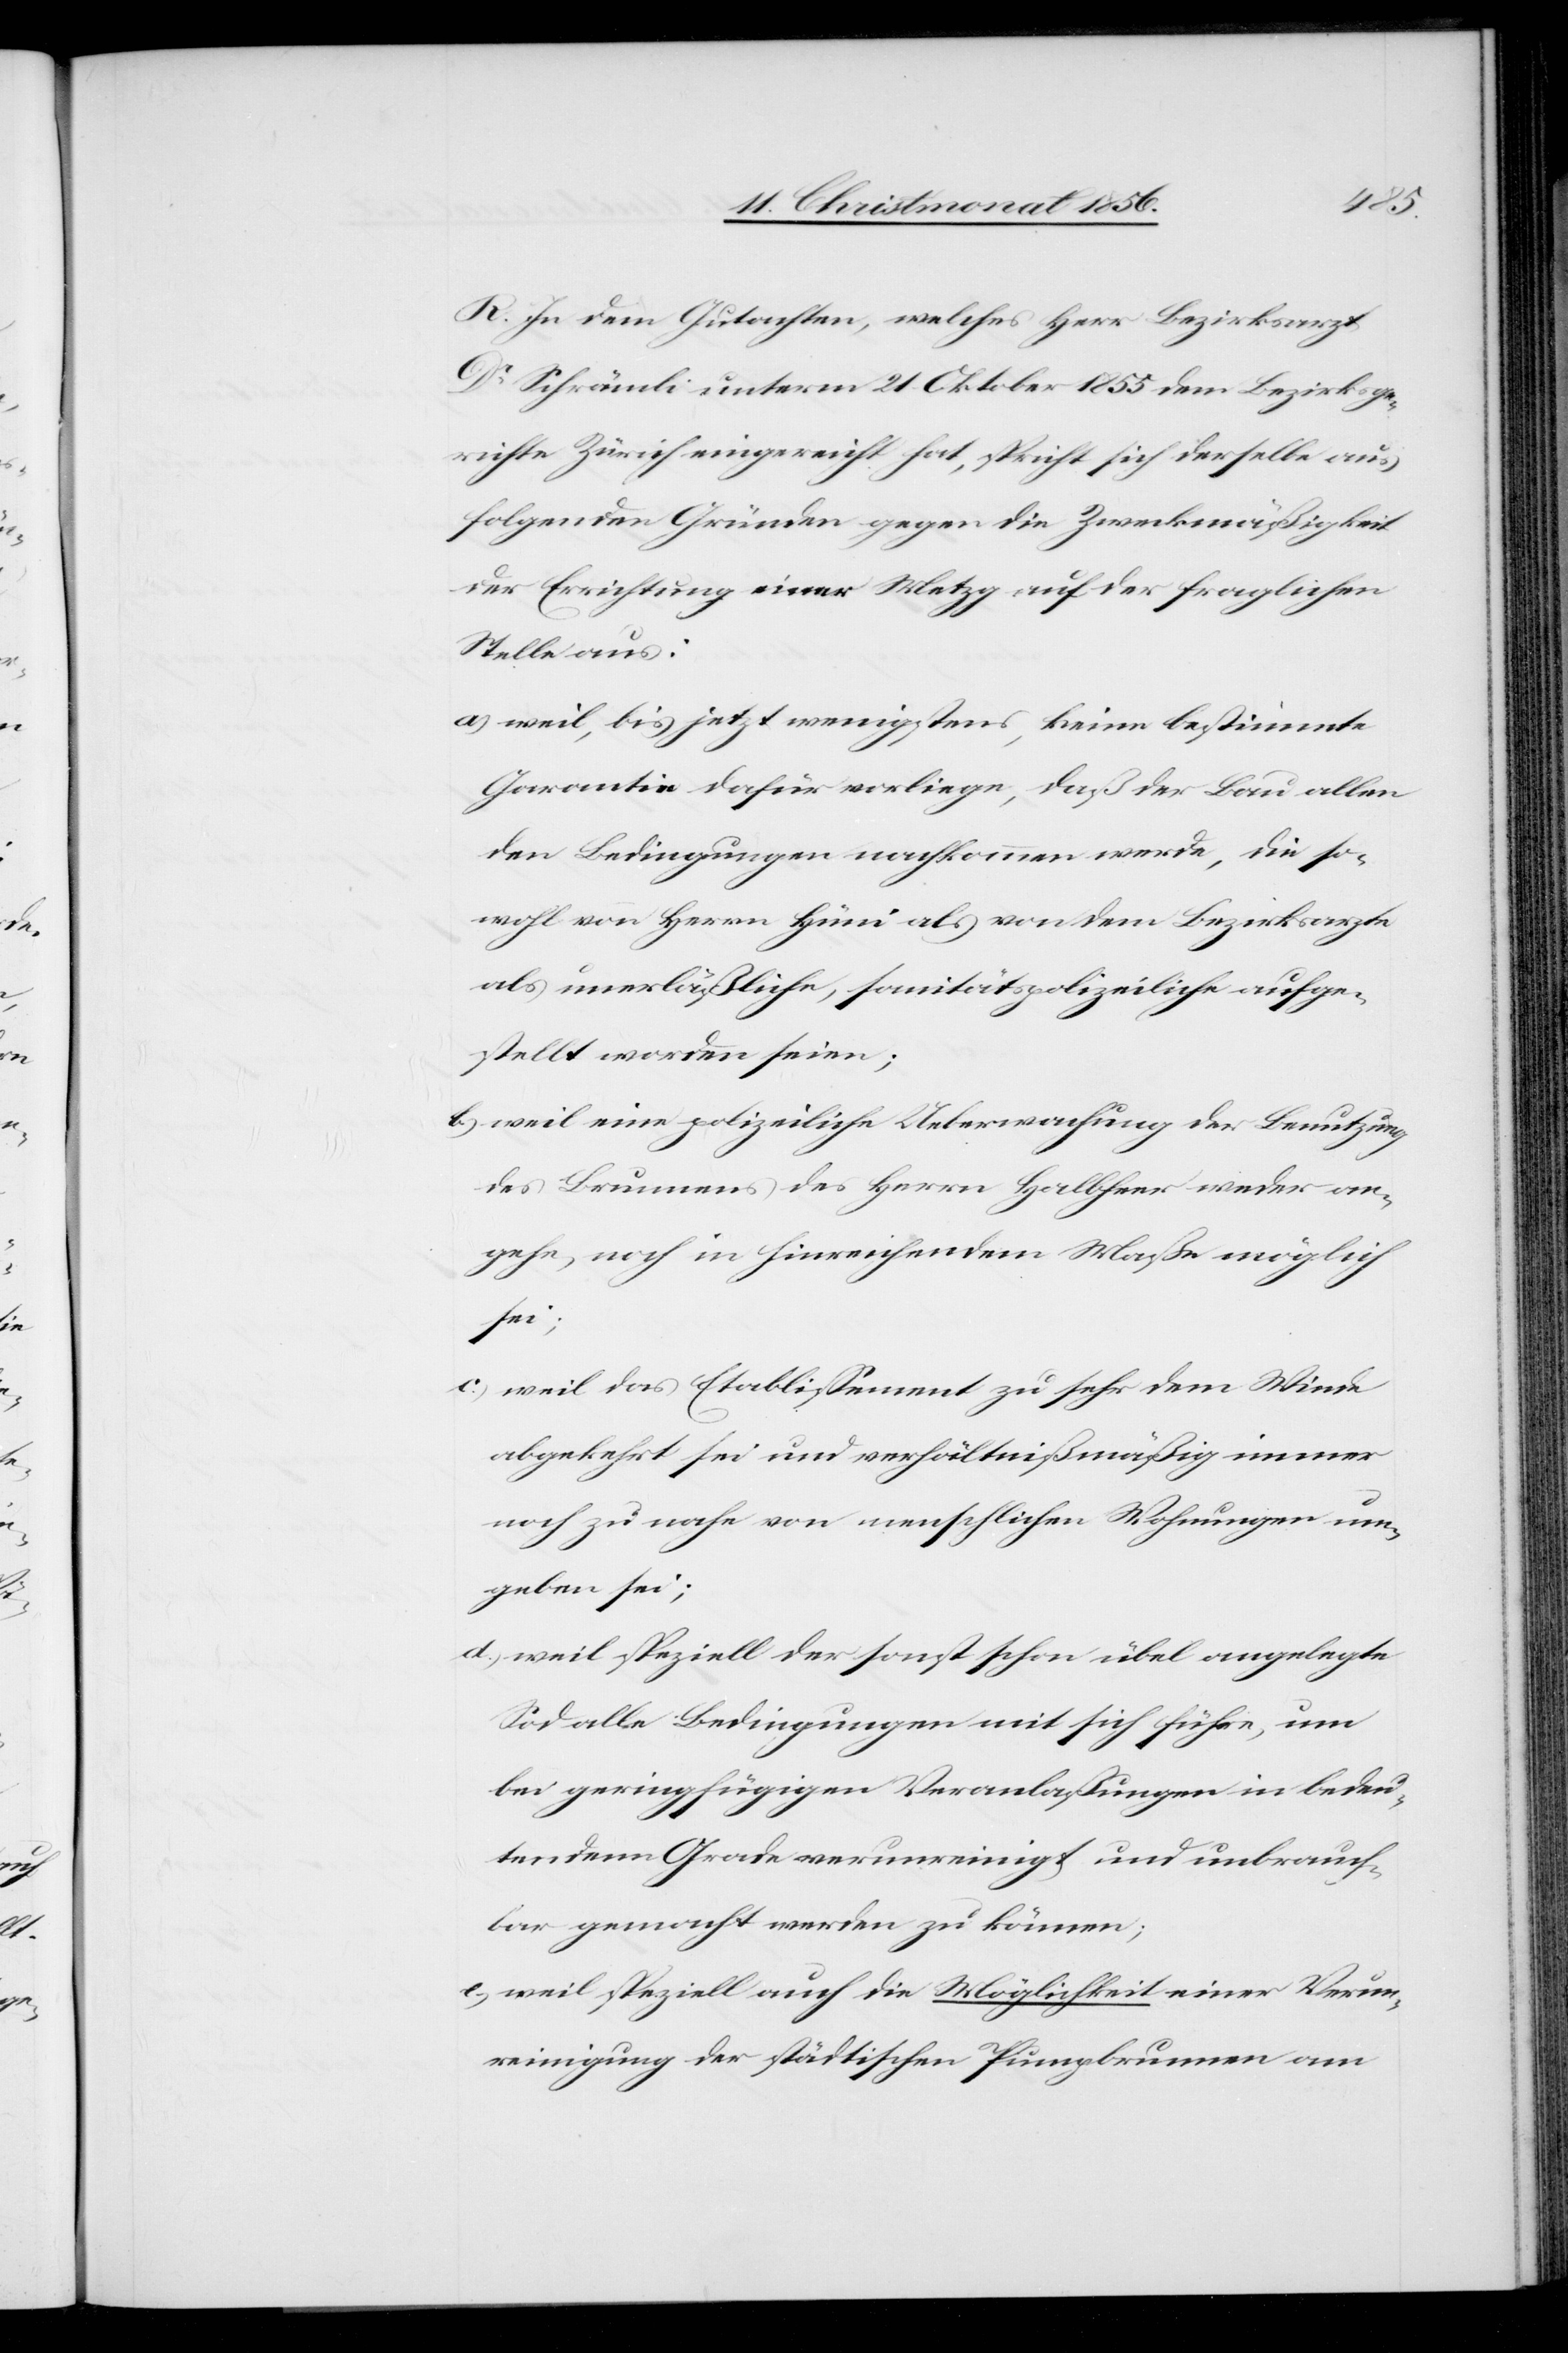
R. In dem Gutachten, welches Herr Bezirksarzt
Dr Schrämli unterm 21. Oktober 1855 dem Bezirksge¬
richte Zürich eingereicht hat, spricht sich derselbe aus
folgenden Gründen gegen die Zweckmäßigkeit
der Errichtung einer Metzg auf der fraglichen
Stelle aus:
a.) weil, bis jetzt wenigstens, keine bestimmte
Garantie dafür vorliege, daß der Bau allen
den Bedingungen nachkommen werde, die so¬
wohl von Herrn Hüni als von dem Bezirksarzte
als unverläßliche, sanitätspolizeiliche aufge¬
stellt worden seien;
b.) weil eine polizeiliche Ueberwachung der Benutzung
des Brunnens des Herrn Halbheer weder an¬
gehe, noch in hinreichendem Maße möglich
sei;
c.) weil das Etablissement zu sehr dem Winde
abgekehrt sei und verhältnißmäßig immer
noch zu nahe von menschlichen Wohnungen um¬
geben sei;
d.) weil speziell der sonst schon übel angelegte
Sod alle Bedingungen mit sich führe, um
bei geringfügigen Veranlaßungen in bedeu¬
tendem Grade verunreinigt und unbrauch¬
bar gemacht werden zu können;
e.) weil speziell auch die Möglichkeit einer Verun¬
reinigung der städtischen Pumpbrunnen am